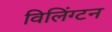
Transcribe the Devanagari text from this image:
विलिंग्टन